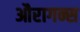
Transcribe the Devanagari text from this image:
औरागन्स